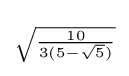
{\scriptstyle {\sqrt {\frac {10}{3(5-{\sqrt {5}})}}}}